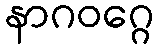
နာဂဝဂ္ဂေ